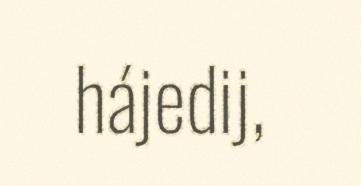
hájedij,